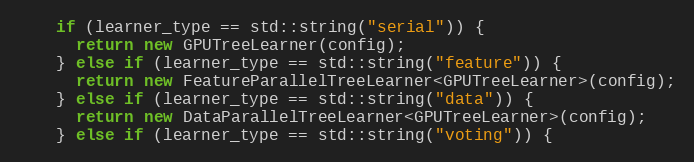
Language: C++
    if (learner_type == std::string("serial")) {
      return new GPUTreeLearner(config);
    } else if (learner_type == std::string("feature")) {
      return new FeatureParallelTreeLearner<GPUTreeLearner>(config);
    } else if (learner_type == std::string("data")) {
      return new DataParallelTreeLearner<GPUTreeLearner>(config);
    } else if (learner_type == std::string("voting")) {